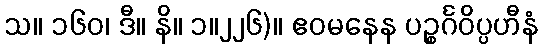
သ။ ၁၆၀၊ ဒီ။ နိ။ ၁။၂၂၆)။ ဧဝမနေန ပဉ္စင်္ဂဝိပ္ပဟီနံ